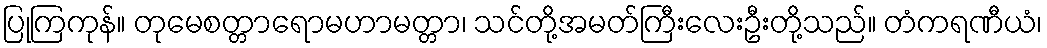
ပြုကြကုန်။ တုမေစတ္တာရောမဟာမတ္တာ၊ သင်တို့အမတ်ကြီးလေးဦးတို့သည်။ တံကရဏီယံ၊